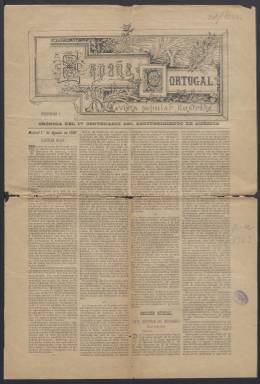
Título: España y Portugal (Madrid)
Colección: Revistas de información general
Ámbito geográfico: Madrid
Lugar de publicación: Madrid
Fechas: 01/08/1891-08/08/1891